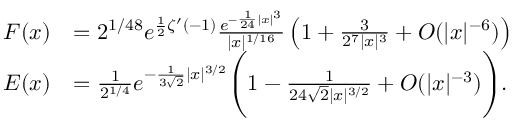
{ \begin{array} { r l } { F ( x ) } & { = 2 ^ { 1 / 4 8 } e ^ { { \frac { 1 } { 2 } } \zeta ^ { \prime } ( - 1 ) } { \frac { e ^ { - { \frac { 1 } { 2 4 } } | x | ^ { 3 } } } { | x | ^ { 1 / 1 6 } } } \left( 1 + { \frac { 3 } { 2 ^ { 7 } | x | ^ { 3 } } } + O ( | x | ^ { - 6 } ) \right) } \\ { E ( x ) } & { = { \frac { 1 } { 2 ^ { 1 / 4 } } } e ^ { - { \frac { 1 } { 3 { \sqrt { 2 } } } } | x | ^ { 3 / 2 } } { \Biggl ( } 1 - { \frac { 1 } { 2 4 { \sqrt { 2 } } | x | ^ { 3 / 2 } } } + { \cal { O } } ( | x | ^ { - 3 } ) { \Biggr ) } . } \end{array} }